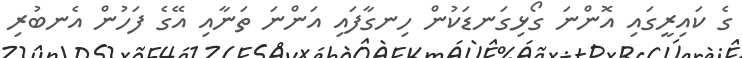
ގެ ކައިރީގައި އޮންނަ ގޯޅިގަނޑަކުން ހިނގާފައި އަންނަ ތަނާއި އޭގެ ފަހުން އެނބުރި